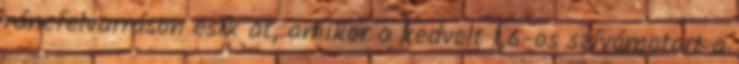
ráncfelvarráson esik át, amikor a kedvelt 1,6-os szívómotort a